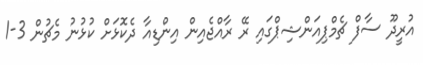
އުރީދޫ ސާފް ޗެމްޕިއަންޝިޕްގައި ރޭ ރާއްޖެއިން އިންޑިއާ ދެކޮޅަށް ކުޅުނު މެޗުން 3-1